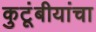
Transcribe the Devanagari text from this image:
कुटूंबीयांचा